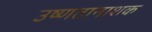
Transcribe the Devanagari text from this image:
उष्णतानाशक